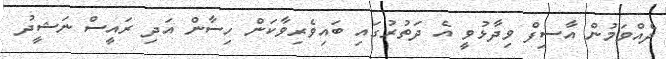
ދެއްވަމުން އާސިފް ވިދާޅުވީ އެ ދަތުރުގައި ބައިވެރިވާކަން ހިސާން އަދި ރައީސް ނަޝީދު